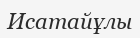
Исатайұлы